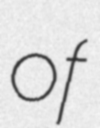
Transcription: of